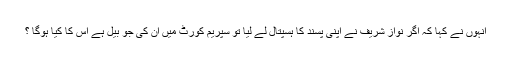
انہوں نے کہا کہ اگر نواز شریف نے اپنی پسند کا ہسپتال لے لیا تو سپریم کورٹ میں ان کی جو بیل ہے اس کا کیا ہوگا ؟